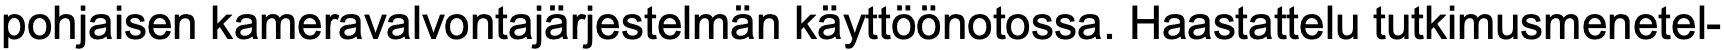
pohjaisen kameravalvontajärjestelmän käyttöönotossa. Haastattelu tutkimusmenetel-